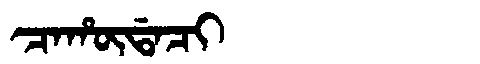
Manchu: ᠴᠠᡥᡡᡩᠠᠴᡳ
Romanization: CAHŪDACI